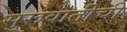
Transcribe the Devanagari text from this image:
सुरूवातीची